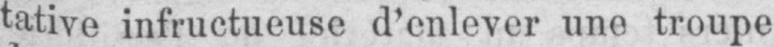
tative infructueuse d’enlever une troupe